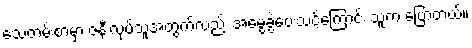
သေတမ်းစာမှာ ဇနီးလုပ်သူအတွက်လည်း အမွေခွဲပေးသင့်ကြောင်း သူက ပြောတယ်။